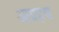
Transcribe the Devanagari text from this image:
आग्रहच